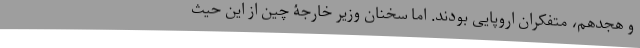
و هجدهم، متفکران اروپایی بودند. اما سخنان وزیر خارجۀ چین از این حیث